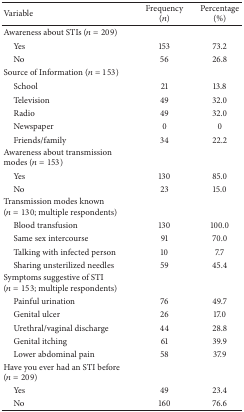
<table><thead><tr><td><b>Variable</b></td><td><b>Frequency(<i>n</i>)</b></td><td><b>Percentage(%)</b></td></tr></thead><tbody><tr><td>Awareness about STIs (<i>n</i> = 209)</td><td> </td><td> </td></tr><tr><td> Yes</td><td>153</td><td>73.2</td></tr><tr><td> No</td><td>56</td><td>26.8</td></tr><tr><td>Source of Information (<i>n</i> = 153)</td><td> </td><td> </td></tr><tr><td> School</td><td>21</td><td>13.8</td></tr><tr><td> Television</td><td>49</td><td>32.0</td></tr><tr><td> Radio</td><td>49</td><td>32.0</td></tr><tr><td> Newspaper</td><td>0</td><td>0</td></tr><tr><td> Friends/family</td><td>34</td><td>22.2</td></tr><tr><td>Awareness about transmission modes (<i>n</i> = 153)</td><td> </td><td> </td></tr><tr><td> Yes</td><td>130</td><td>85.0</td></tr><tr><td> No</td><td>23</td><td>15.0</td></tr><tr><td>Transmission modes known (<i>n</i> = 130; multiple respondents)</td><td> </td><td> </td></tr><tr><td> Blood transfusion</td><td>130</td><td>100.0</td></tr><tr><td> Same sex intercourse</td><td>91</td><td>70.0</td></tr><tr><td> Talking with infected person</td><td>10</td><td>7.7</td></tr><tr><td> Sharing unsterilized needles</td><td>59</td><td>45.4</td></tr><tr><td>Symptoms suggestive of STI (<i>n</i> = 153; multiple respondents)</td><td> </td><td> </td></tr><tr><td> Painful urination</td><td>76</td><td>49.7</td></tr><tr><td> Genital ulcer</td><td>26</td><td>17.0</td></tr><tr><td> Urethral/vaginal discharge</td><td>44</td><td>28.8</td></tr><tr><td> Genital itching</td><td>61</td><td>39.9</td></tr><tr><td> Lower abdominal pain</td><td>58</td><td>37.9</td></tr><tr><td>Have you ever had an STI before (<i>n</i> = 209)</td><td> </td><td> </td></tr><tr><td> Yes</td><td>49</td><td>23.4</td></tr><tr><td> No</td><td>160</td><td>76.6</td></tr></tbody></table>